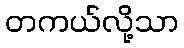
တကယ်လို့သာ